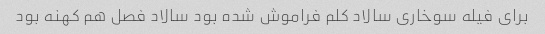
برای فیله سوخاری سالاد کلم فراموش شده بود سالاد فصل هم کهنه بود